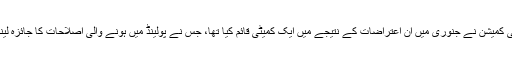
یورپی کمیشن نے جنوری میں ان اعتراضات کے نتیجے میں ایک کمیٹی قائم کیا تھا، جس نے پولینڈ میں ہونے والی اصلاحات کا جائزہ لینا تھا۔